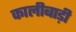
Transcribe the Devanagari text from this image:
कालीबाड़ी